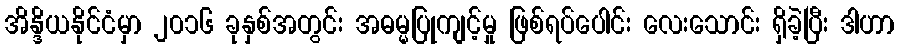
အိန္ဒိယနိုင်ငံမှာ ၂၀၁၆ ခုနှစ်အတွင်း အဓမ္မပြုကျင့်မှု ဖြစ်ရပ်ပေါင်း လေးသောင်း ရှိခဲ့ပြီး ဒါဟာ